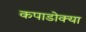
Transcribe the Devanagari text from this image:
कपाडोक्या